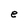
Character: e